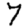
Digit: 7